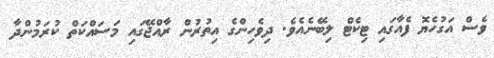
ވެސް އަގުހެޔޮ ފެއާގައި ޓިކެޓް ލިބޭނެއެވެ. ދިވެހިންގެ އިތުރުން ރާއްޖޭގައި މަސައްކަތް ކުރަމުންދާ